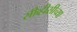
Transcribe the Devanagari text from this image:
सीव्हीसीच्या